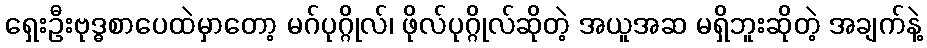
ရှေးဦးဗုဒ္ဓစာပေထဲမှာတော့ မဂ်ပုဂ္ဂိုလ်၊ ဖိုလ်ပုဂ္ဂိုလ်ဆိုတဲ့ အယူအဆ မရှိဘူးဆိုတဲ့ အချက်နဲ့